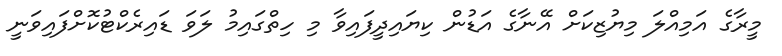
މީރާގެ އަމިއްލަ މިޔުޒިކަށް އޭނާގެ އަޑުން ކިޔައިދީފައިވާ މި ހިތްގައިމު ލަވަ ޑައިރެކްޓުކޮށްފައިވަނީ